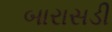
બારાસડી